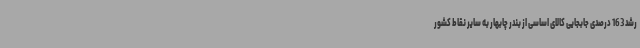
رشد 163 درصدی جابجایی کالای اساسی از بندر چابهار به سایر نقاط کشور